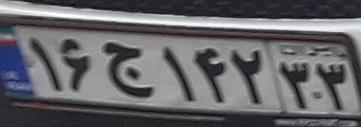
۱۶ج۱۴۲۳۳